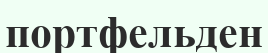
портфельден